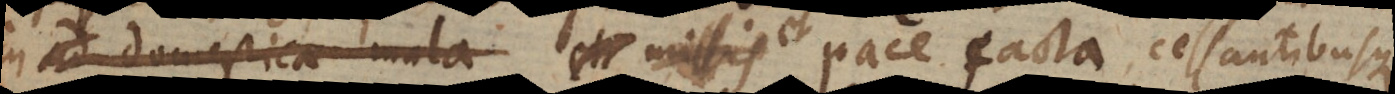
in domestica mala et missis pace facta, cessantibusque